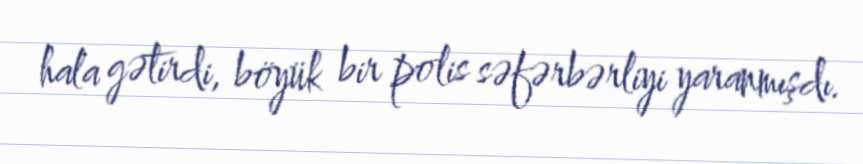
hala gətirdi, böyük bir polis səfərbərliyi yaranmışdı.